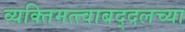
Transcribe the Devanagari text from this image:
व्यक्तिमत्त्वाबद्दलच्या